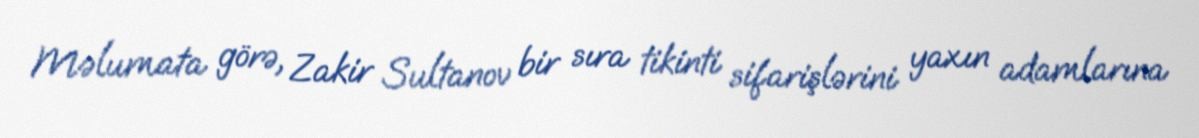
Məlumata görə, Zakir Sultanov bir sıra tikinti sifarişlərini yaxın adamlarına